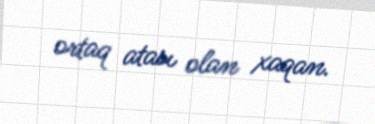
ortaq atası olan xaqan.